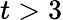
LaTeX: t>3